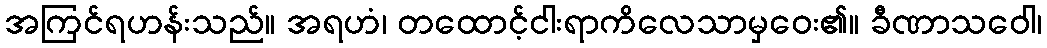
အကြင်ရဟန်းသည်။ အရဟံ၊ တထောင့်ငါးရာကိလေသာမှဝေး၏။ ခီဏာသဝေါ၊